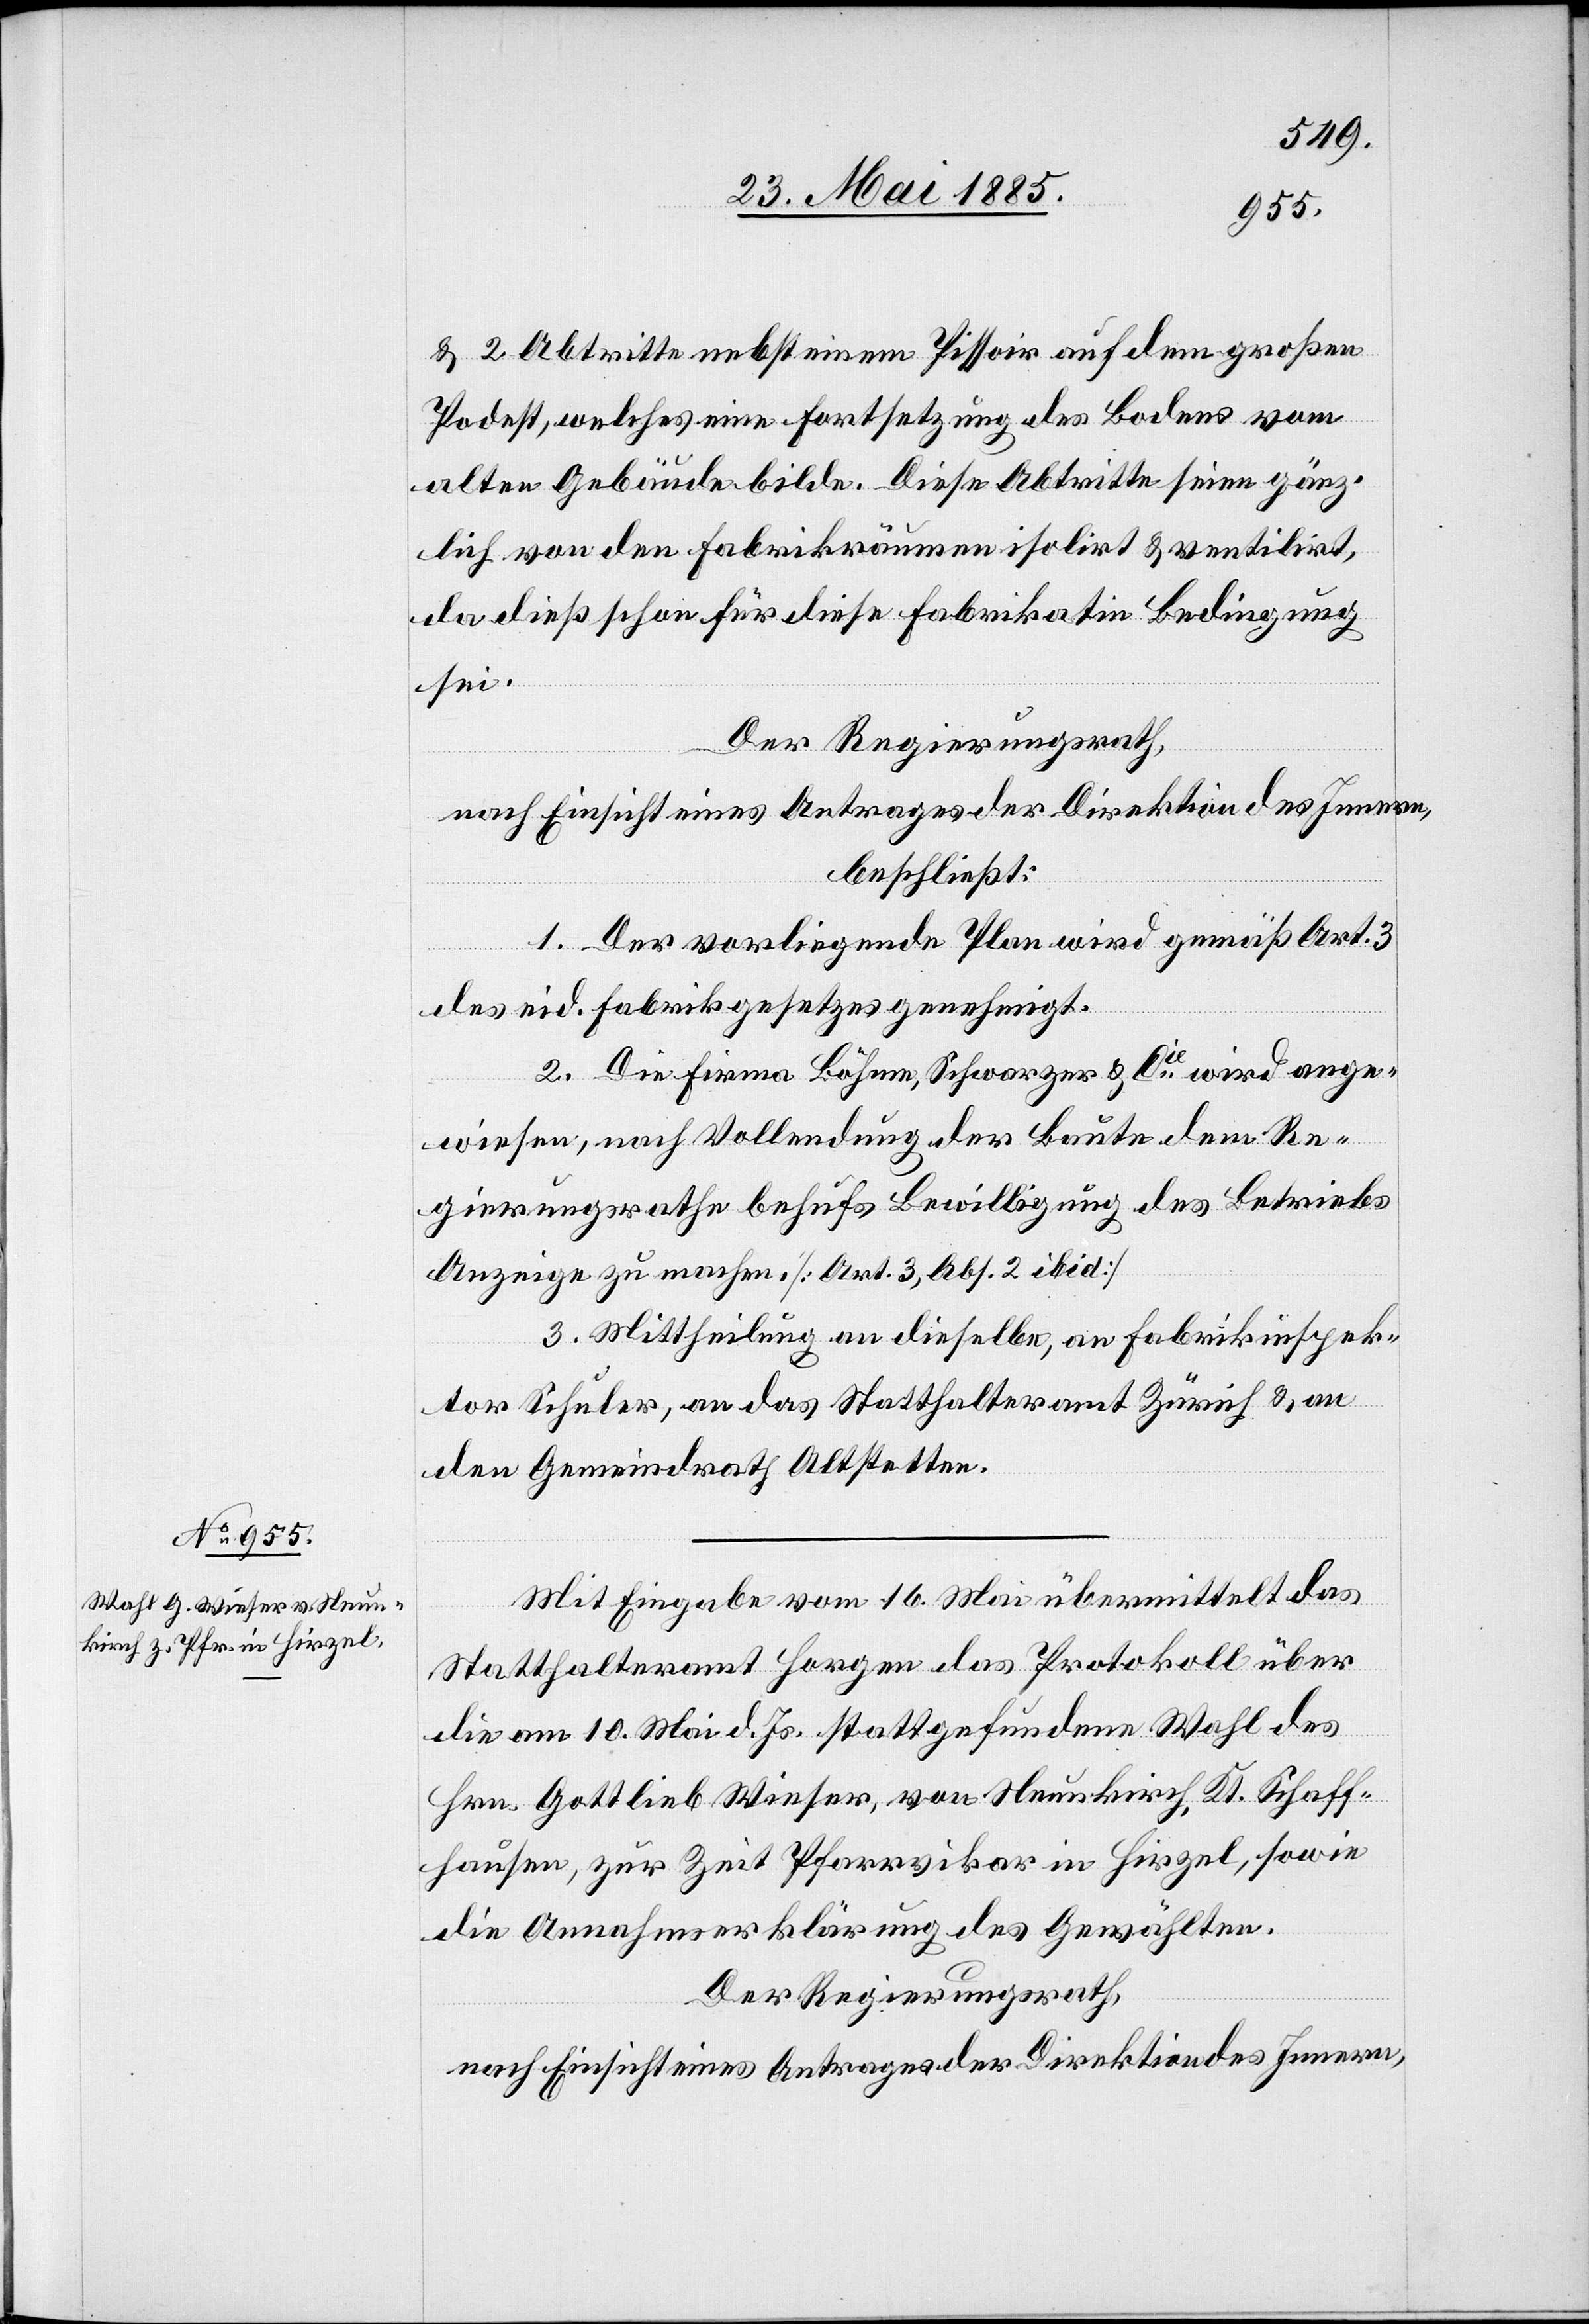
& 2 Abtritte nebst einem Pissoir auf dem großen
Podest, welches eine Fortsetzung des Bodens vom
alten Gebäude bilde. Diese Abtritte seien gänz¬
lich von den Fabrikräumen isolirt & ventilirt,
da dieß schon für diese Fabrikatie Bedingung
sei.
Der Regierungsrath,
nach Einsicht eines Antrages der Direktion des Innern,
beschließt:
1. Der vorliegende Plan wird gemäß Art. 3
des eid. Fabrikgesetzes genehmigt.
2. Die Firma Böhme, Schwarzer & Cie wird ange¬
wiesen, nach Vollendung der Baute dem Re¬
gierungsrathe behufs Bewilligung des Betriebs
Anzeige zu machen. [Art. 3, Abs. 2 ibid]
3. Mittheilung an dieselbe, an Fabrikinspek¬
tor Schuler, an das Statthalteramt Zürich & an
den Gemeindrath Altstetten.
Mit Eingabe vom 16. Mai übermittelt das
Statthalteramt Horgen das Protokoll über
die am 10. Mai d. Js. stattgefundene Wahl des
Hrn. Gottlieb Wieser, von Neunkirch, Kt. Schaff¬
hausen, zur Zeit Pfarrvikar in Hirzel, sowie
die Annahmeerklärung des Gewählten.
Der Regierungsrath,
nach Einsicht eines Antrages der Direktion des Innern,